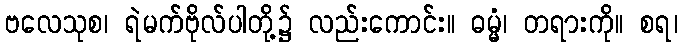
ဗလေသုစ၊ ရဲမက်ဗိုလ်ပါတို့၌ လည်းကောင်း။ ဓမ္မံ၊ တရားကို။ စရ၊